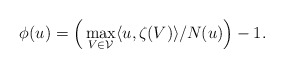
\begin{align*}\phi(u) = \Big( \max_{V \in \mathcal{V}} \langle u , \zeta(V) \rangle/N(u)\Big) - 1. \end{align*}